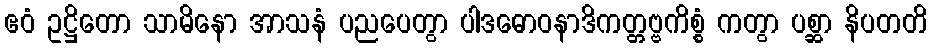
ဧဝံ ဥဋ္ဌိတော သာမိနော အာသနံ ပညပေတွာ ပါဒဓောဝနာဒိကတ္တဗ္ဗကိစ္စံ ကတွာ ပစ္ဆာ နိပတတိ